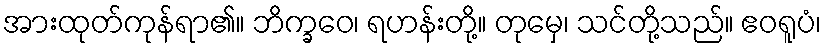
အားထုတ်ကုန်ရာ၏။ ဘိက္ခဝေ၊ ရဟန်းတို့။ တုမှေ၊ သင်တို့သည်။ ဧဝရူပံ၊